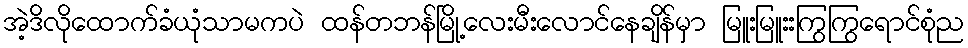
အဲ့ဒိလိုထောက်ခံယုံသာမကပဲ ထန်တဘန်မြို့လေးမီးလောင်နေချိန်မှာ မြူးမြူးးကြွကြွရောင်စုံည